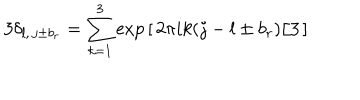
3 \delta _ { l , \, j \pm b _ { r } } = \sum _ { k = 1 } ^ { 3 } \exp \, [ \, 2 \pi i k ( j - l \pm b _ { r } ) / 3 \, ]